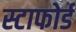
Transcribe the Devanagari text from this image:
स्टाफोर्ड